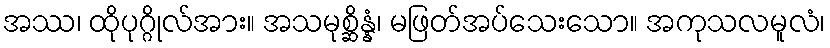
အဿ၊ ထိုပုဂ္ဂိုလ်အား။ အသမုစ္ဆိန္နံ၊ မဖြတ်အပ်သေးသော။ အကုသလမူလံ၊